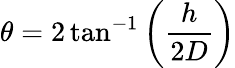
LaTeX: \theta=2\tan^{-1}\left({\frac{h}{2D}}\right)